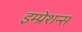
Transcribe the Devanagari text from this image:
इम्प्रेशन्स